Leaving Certificate Examination, 1906
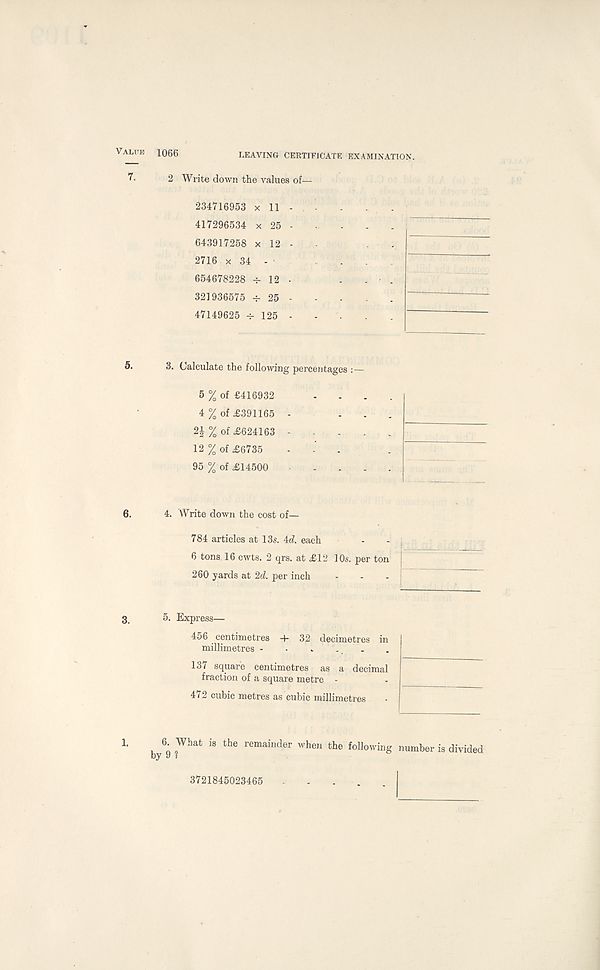
Value 1066
LEAVING CERTIFICATE EXAMINATION.
2 Write down the values of—
234716953 x 11 -
417296534 x 25 -
643917258 x 12 -
2716 x 34 -
654678228 4- 12 •
321936575 -f 25 -
47149625 -r- 125 -
6.
3. Calculate the following percentages : —
5 % of £416932
4 % of £391165
2| % of £624163
12 % of £6735
95 % of £14500
4. Write down the cost of—
784 articles at 13s. id. each
6 tons 16 cwts. 2 qrs. at £12 10s. per ton
260 yards at 2d. per inch
5. Express—
456 centimetres 4- 32 decimetres in
millimetres - ■ *
-
137 square centimetres as a decimal
fraction of a square metre -
472 cubic metres as cubic millimetres
b y 6 9 ? What ^ the remainder when the Allowing number is divided
3721845023465